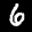
Label: 6